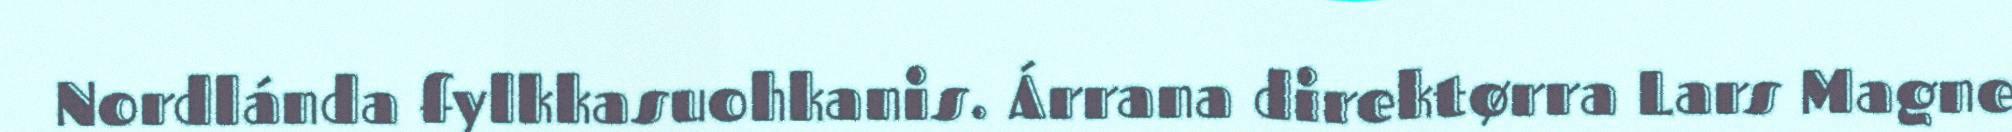
Nordlánda fylkkasuohkanis. Árrana direktørra Lars Magne